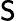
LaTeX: {\cal\mathsf{S}}